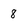
Character: 8